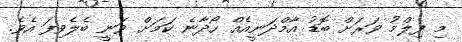
މި ފިލްމު ވަރަށް ބޮޑު އާމްދަނީއެއް ހޯދާނެ ކަމަށް ވަނީ ބެލެވިފަ އެވެ.